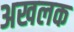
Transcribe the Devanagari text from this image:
अखलक